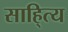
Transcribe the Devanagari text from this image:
साहि्त्य